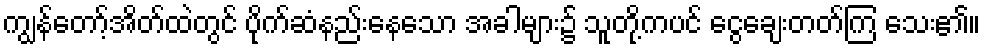
ကျွန်တော့်အိတ်ထဲတွင် ပိုက်ဆံနည်းနေသော အခါများ၌ သူတို့ကပင် ငွေချေးတတ်ကြ သေး၏။